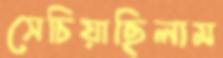
সেচিয়াছিলাম